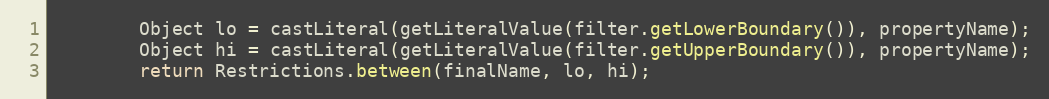
Language: Java
		Object lo = castLiteral(getLiteralValue(filter.getLowerBoundary()), propertyName);
		Object hi = castLiteral(getLiteralValue(filter.getUpperBoundary()), propertyName);
		return Restrictions.between(finalName, lo, hi);